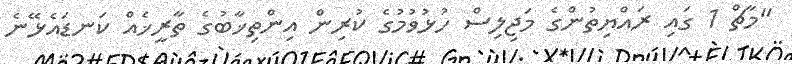
"މާޗް 1 ގައި ރައްޔިތުންގެ މަޖިލިސް ހުޅުވުމުގެ ކުރިން އިންތިޚާބުގެ ތާރީޚެއް ކަނޑައެޅޭނެ